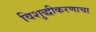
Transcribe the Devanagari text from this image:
विशुद्धीकरणाचा